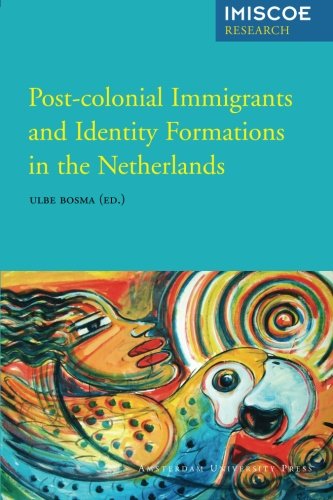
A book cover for Post-colonial Immigrants and Identity Formations in the Netherlands (Amsterdam University Press - IMISCOE Research); History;